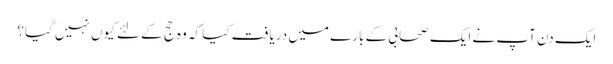
ایک دن آپ نے ایک صحابی کے بارے میں دریافت کیا کہ وہ حج کے لئے کیوں نہیں گیا؟